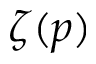
\zeta ( p )